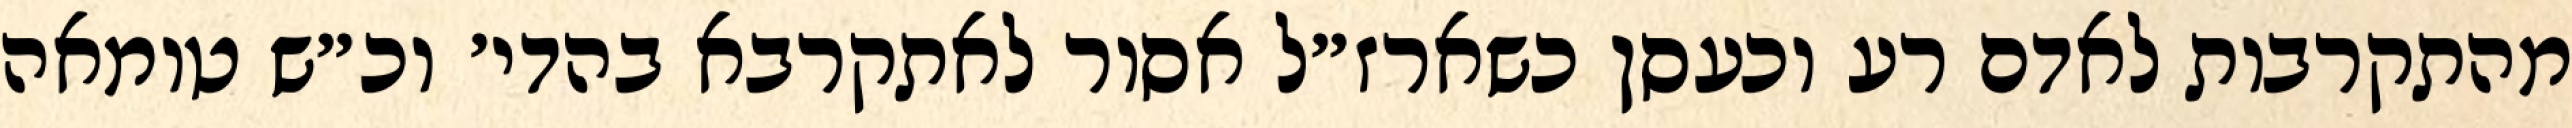
מהתקרבות לאדם רע וכעסן כשארז״ל אסור לאתקרבא בהדי׳ וכ״ש טומאה